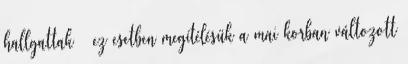
hallgattak – ez esetben megítélésük a mai korban változott